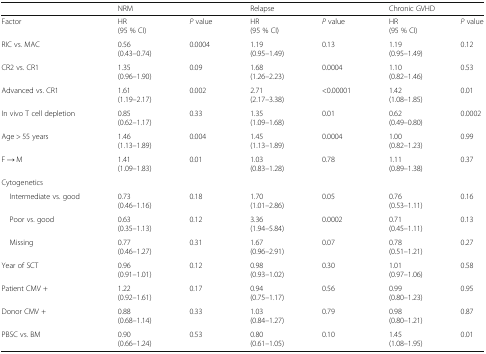
<table><thead><tr><td></td><td colspan="2"><b>NRM</b></td><td colspan="2"><b>Relapse</b></td><td colspan="2"><b>Chronic GVHD</b></td></tr></thead><tbody><tr><td>Factor</td><td>HR(95 % CI)</td><td><i>P</i> value</td><td>HR(95 % CI)</td><td><i>P</i> value</td><td>HR(95 % CI)</td><td><i>P</i> value</td></tr><tr><td>RIC vs. MAC</td><td>0.56(0.43–0.74)</td><td>0.0004</td><td>1.19(0.95–1.49)</td><td>0.13</td><td>1.19(0.95–1.49)</td><td>0.12</td></tr><tr><td>CR2 vs. CR1</td><td>1.35(0.96–1.90)</td><td>0.09</td><td>1.68(1.26–2.23)</td><td>0.0004</td><td>1.10(0.82–1.46)</td><td>0.53</td></tr><tr><td>Advanced vs. CR1</td><td>1.61(1.19–2.17)</td><td>0.002</td><td>2.71(2.17–3.38)</td><td>&lt;0.00001</td><td>1.42(1.08–1.85)</td><td>0.01</td></tr><tr><td>In vivo T cell depletion</td><td>0.85(0.62–1.17)</td><td>0.33</td><td>1.35(1.09–1.68)</td><td>0.01</td><td>0.62(0.49–0.80)</td><td>0.0002</td></tr><tr><td>Age &gt; 55 years</td><td>1.46(1.13–1.89)</td><td>0.004</td><td>1.45(1.13–1.89)</td><td>0.0004</td><td>1.00(0.82–1.23)</td><td>0.99</td></tr><tr><td>F → M</td><td>1.41(1.09–1.83)</td><td>0.01</td><td>1.03(0.83–1.28)</td><td>0.78</td><td>1.11(0.89–1.38)</td><td>0.37</td></tr><tr><td colspan="7">Cytogenetics</td></tr><tr><td> Intermediate vs. good</td><td>0.73(0.46–1.16)</td><td>0.18</td><td>1.70(1.01–2.86)</td><td>0.05</td><td>0.76(0.53–1.11)</td><td>0.16</td></tr><tr><td> Poor vs. good</td><td>0.63(0.35–1.13)</td><td>0.12</td><td>3.36(1.94–5.84)</td><td>0.0002</td><td>0.71(0.45–1.11)</td><td>0.13</td></tr><tr><td> Missing</td><td>0.77(0.46–1.27)</td><td>0.31</td><td>1.67(0.96–2.91)</td><td>0.07</td><td>0.78(0.51–1.21)</td><td>0.27</td></tr><tr><td>Year of SCT</td><td>0.96(0.91–1.01)</td><td>0.12</td><td>0.98(0.93–1.02)</td><td>0.30</td><td>1.01(0.97–1.06)</td><td>0.58</td></tr><tr><td>Patient CMV +</td><td>1.22(0.92–1.61)</td><td>0.17</td><td>0.94(0.75–1.17)</td><td>0.56</td><td>0.99(0.80–1.23)</td><td>0.95</td></tr><tr><td>Donor CMV +</td><td>0.88(0.68–1.14)</td><td>0.33</td><td>1.03(0.84–1.27)</td><td>0.79</td><td>0.98(0.80–1.21)</td><td>0.87</td></tr><tr><td>PBSC vs. BM</td><td>0.90(0.66–1.24)</td><td>0.53</td><td>0.80(0.61–1.05)</td><td>0.10</td><td>1.45(1.08–1.95)</td><td>0.01</td></tr></tbody></table>